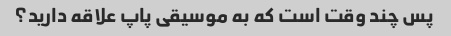
پس چند وقت است که به موسیقی پاپ علاقه دارید؟